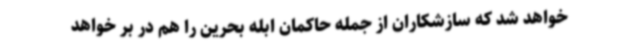
خواهد شد که سازشکاران از جمله حاکمان ابله بحرین را هم در بر خواهد